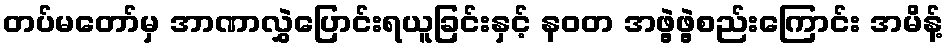
တပ်မတော်မှ အာဏာလွှဲပြောင်းရယူခြင်းနှင့် နဝတ အဖွဲ့ဖွဲ့စည်းကြောင်း အမိန့်